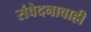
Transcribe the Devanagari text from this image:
संवेदनावाही